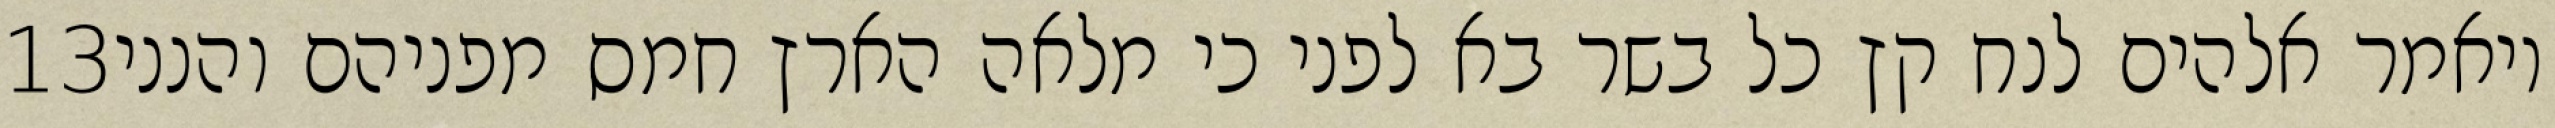
‎13‏ ויאמר אלהים לנח קץ כל בשר בא לפני כי מלאה הארץ חמס מפניהם והנני